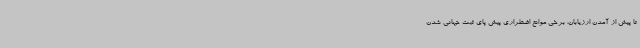
تا پیش از آمدن ارزیابان، برخی موانع اضطراری پیش پای ثبت جهانی شدن